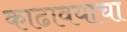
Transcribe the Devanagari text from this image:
काढावयाचा